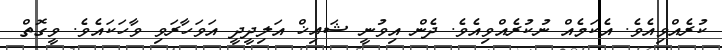
ކުރެއްވިއެވެ. އެކަމެއް ނުކުރެއްވިއެވެ. ދެން އިވުނީ ޝައިޚް އަލިދީދީ އަވަހާރަވި ވާހަކައެވެ. ވީގޮތް